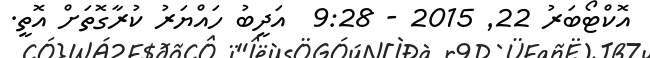
އޮކްޓޯބަރު 22